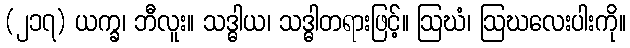
(၂၁၇) ယက္ခ၊ ဘီလူး။ သဒ္ဓါယ၊ သဒ္ဓါတရားဖြင့်။ ဩဃံ၊ ဩဃလေးပါးကို။